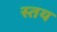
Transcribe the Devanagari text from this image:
स्तय